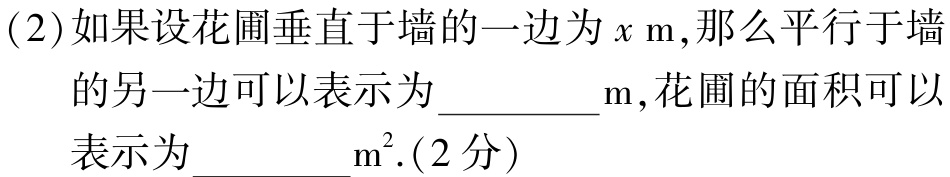
(2)如果设花圃垂直于墙的一边为\(x\mathrm{ m}\)，那么平行于墙的另一边可以表示为__________\(\mathrm{m}\)，花圃的面积可以表示为__________\(\mathrm{m}^{2}\) .(2分)